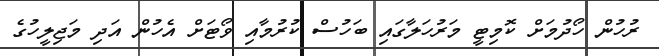
ރުހުން ހޯދުމަށް ކޮމިޓީ މަރުހަލާގައި ބަހުސް ކުރުމާއި ވޯޓަށް އެހުން އަދި މަޖިލީހުގެ